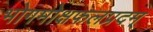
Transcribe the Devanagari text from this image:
भोगमोक्षफलप्रदम्